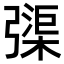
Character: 㣄